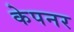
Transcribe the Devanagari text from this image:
केपनर